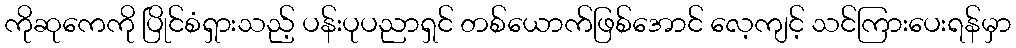
ကိုဆုကေကို ပြိုင်စံရှားသည့် ပန်းပုပညာရှင် တစ်ယောက်ဖြစ်အောင် လေ့ကျင့် သင်ကြားပေးရန်မှာ